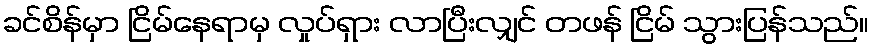
ခင်စိန်မှာ ငြိမ်နေရာမှ လှုပ်ရှား လာပြီးလျှင် တဖန် ငြိမ် သွားပြန်သည်။